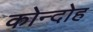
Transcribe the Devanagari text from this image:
कोन्‍दोह